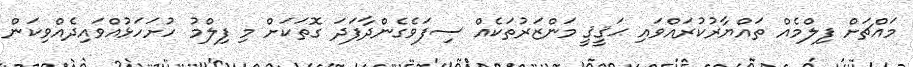
މައްޗަށް ފިލްމެއް ތައްޔާރުކުރައްވައި ޙަޤީޤީ މަންޒަރުތަކެއް ސިފަވެގެންދާފަދަ ގޮތަކަށް މި ފިލްމު ހުށަހަޅުއްވައިދެއްވިކަން